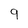
Character: 9